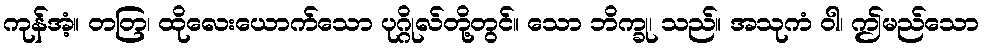
ကုန်အံ့။ တတြ၊ ထိုလေးယောက်သော ပုဂ္ဂိုလ်တို့တွင်။ သော ဘိက္ခု၊ သည်။ အသုကံ ဝါ၊ ဤမည်သော